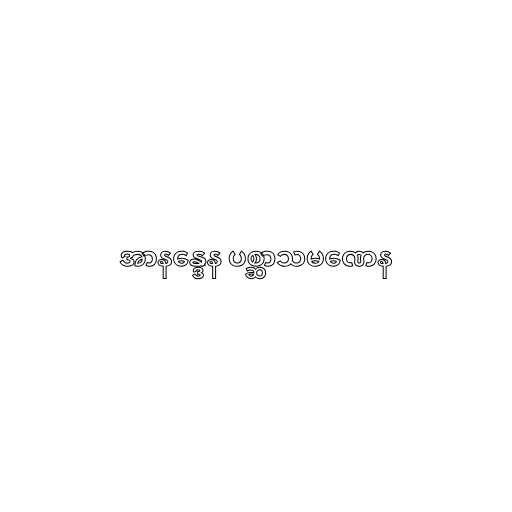
အာနန္ဒေန ပစ္ဆာသမဏေန